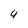
Character: 4